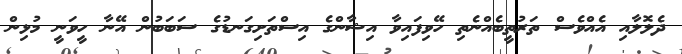
ދެލޮލާއި އެއްވެސް ތަރުތީބެއްނެތި ހޭވިފައިވާ އިޝާންގެ އިސްތަށިގަނޑުގެ ސަބަބުން އޭނާ ހީވަނީ މުޅިން